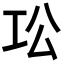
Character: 𫶫